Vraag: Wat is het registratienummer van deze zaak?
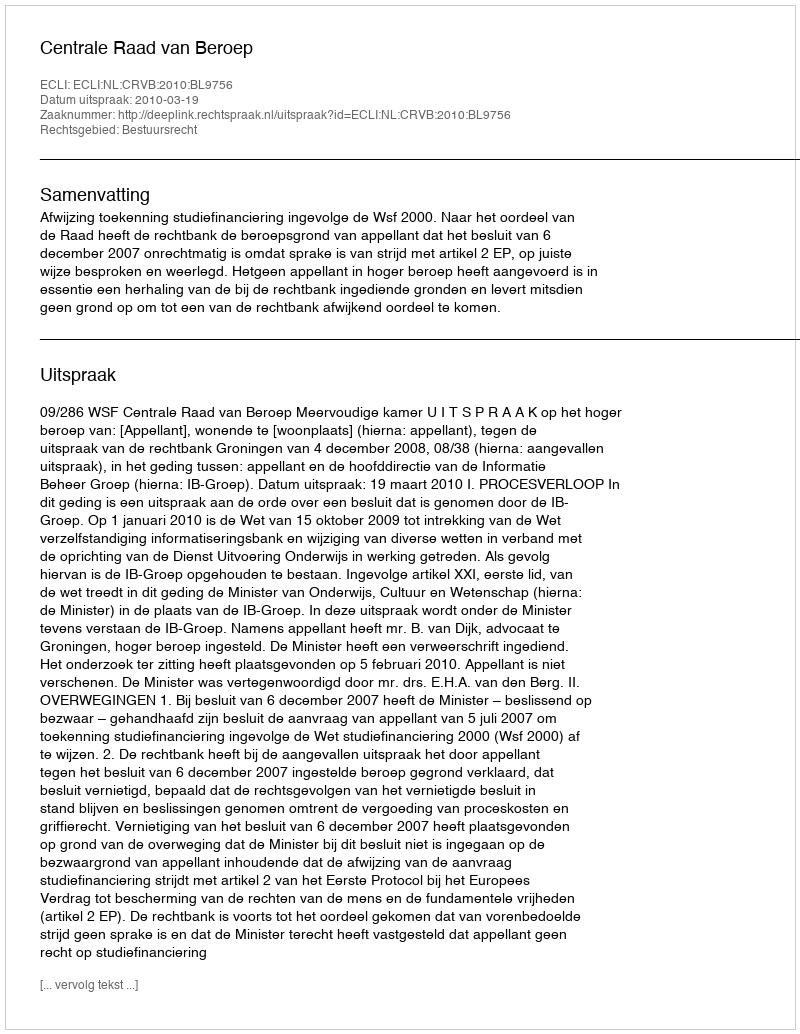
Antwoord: http://deeplink.rechtspraak.nl/uitspraak?id=ECLI:NL:CRVB:2010:BL9756